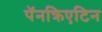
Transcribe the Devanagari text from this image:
पॅनक्रिएटिन